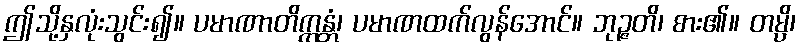
ဤသို့နှလုံးသွင်း၍။ ပမာဏာတိက္ကန္တံ၊ ပမာဏထက်လွန်အောင်။ ဘုဉ္ဇတိ၊ စား၏။ တမ္ပိ၊